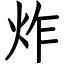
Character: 炸